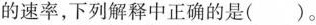
的速率，下列解释中正确的是()。